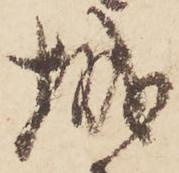
城